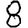
Digit: 8